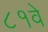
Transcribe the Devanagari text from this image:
८१वे